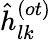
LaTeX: \hat{h}_{lk}^{(ot)}